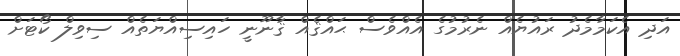
އަދި އެކަމާމެދު ރައުޔެއް ނެރުމުގެ އެއްވެސް ޙައްޤެއް ޤާނޫނީ ހައިސިއްޔަތެއް ސިވިލް ކޯޓަށް